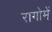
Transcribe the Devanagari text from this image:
रागोमें